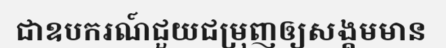
ជាឧបករណ៍ជួយជម្រុញឲ្យសង្គមមាន